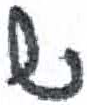
אות: ש